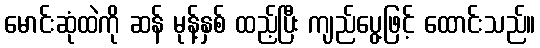
မောင်းဆုံထဲကို ဆန် မုန့်နှစ် ထည့်ပြီး ကျည်ပွေ့ဖြင့် ထောင်းသည်။